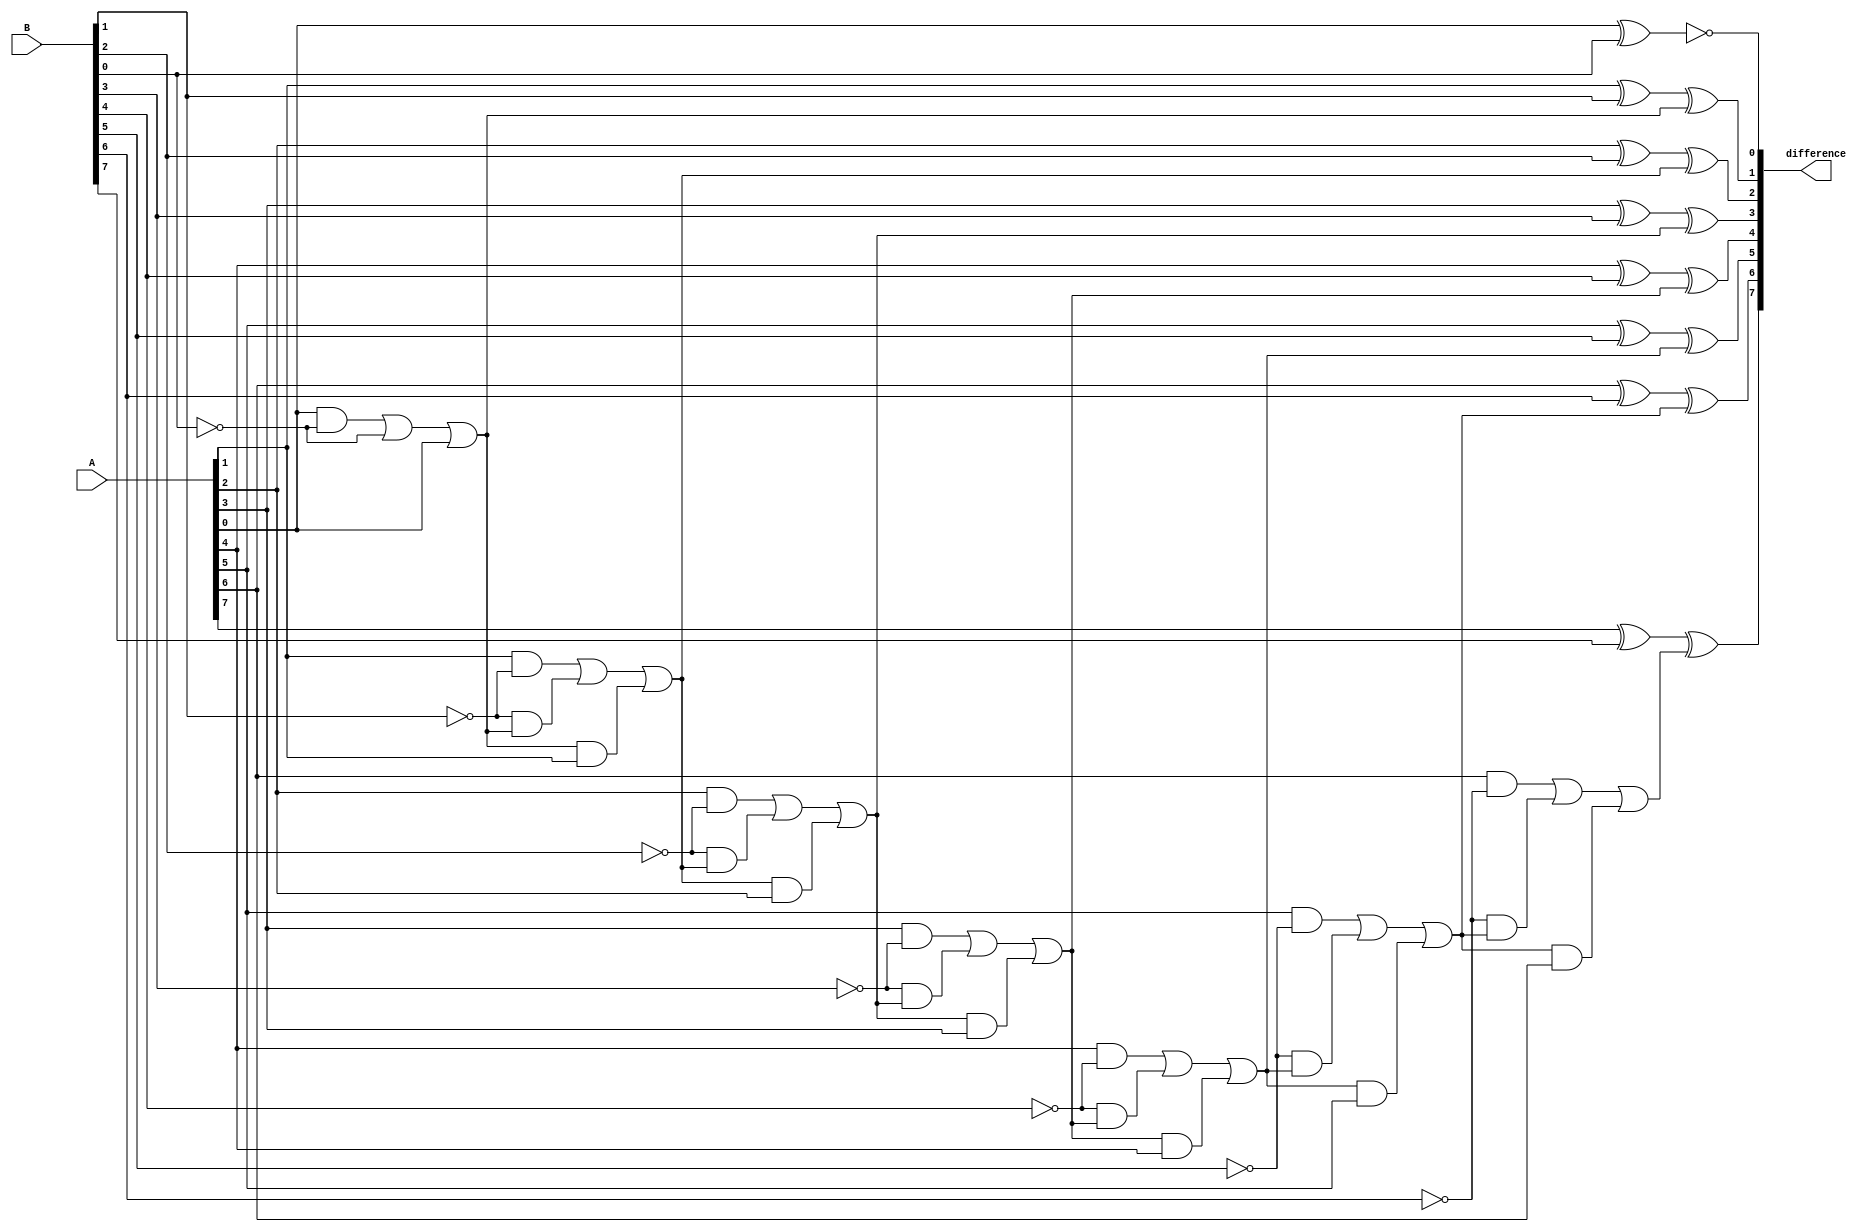
module ripple_subtractor (
    input [7:0] A,
    input [7:0] B,
    output [7:0] difference
);

reg [7:0] borrow;
reg [7:0] diff_temp;

assign difference = diff_temp;

assign borrow[0] = 1;
genvar i;
generate
    for (i = 0; i < 8; i = i + 1) begin
        assign diff_temp[i] = A[i] ^ B[i] ^ borrow[i];
        assign borrow[i+1] = (A[i] & ~B[i]) | (~B[i] & borrow[i]) | (borrow[i] & A[i]);
    end
endgenerate

endmodule